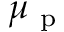
\mu _ { \mathrm { ~ p ~ } }